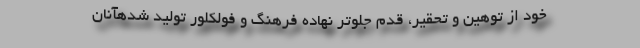
خود از توهین و تحقیر، قدم جلوتر نهاده فرهنگ و فولکلور تولید شدهآنان